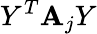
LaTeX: Y^{T}\mathbf{A}_{j}Y